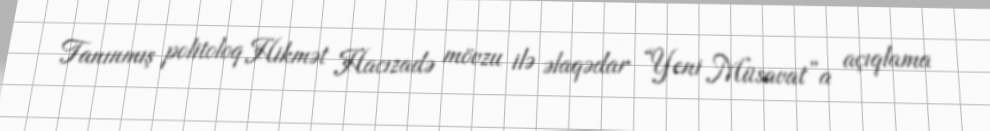
Tanınmış politoloq Hikmət Hacızadə mövzu ilə əlaqədar “Yeni Müsavat”a açıqlama